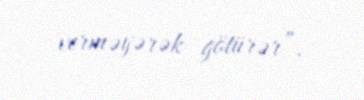
verməyərək götürər”.